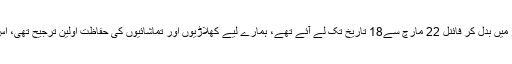
ایلمنیٹرز مقابلوں کو سیمی فائنلز میں بدل کر فائنل 22 مارچ سے18 تاریخ تک لے آئے تھے، ہمارے لیے کھلاڑیوں اور تماشائیوں کی حفاظت اولین ترجیح تھی، اس لیے پی ایس ایل کو ملتوی کیا۔